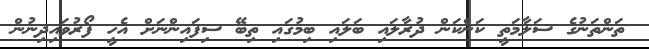
ތަންތަނުގެ ސަލާމަތީ ކަންކަން ދުރާލައި ބަލައި ބިމުގައި ތިބޭ ސިފައިންނަށް އެހީ ފޯރުވައިދިނުން